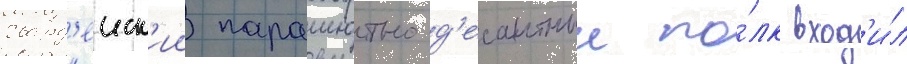
гвард'еиск'ии парашютно-д'есантныи по́лк вход'и́л